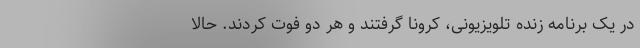
در یک برنامه زنده تلویزیونی، کرونا گرفتند و هر دو فوت کردند. حالا